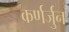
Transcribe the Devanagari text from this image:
कर्णर्जुन